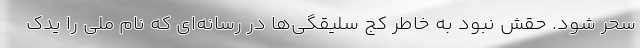
سحر شود. حقش نبود به خاطر کج سلیقگی‌ها در رسانه‌ای که نام ملی را یدک